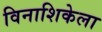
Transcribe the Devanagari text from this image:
विनाशिकेला